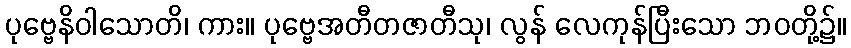
ပုဗ္ဗေနိဝါသောတိ၊ ကား။ ပုဗ္ဗေအတီတဇာတီသု၊ လွန် လေကုန်ပြီးသော ဘဝတို့၌။